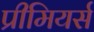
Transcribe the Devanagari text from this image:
प्रीमियर्स